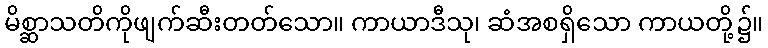
မိစ္ဆာသတိကိုဖျက်ဆီးတတ်သော။ ကာယာဒီသု၊ ဆံအစရှိသော ကာယတို့၌။